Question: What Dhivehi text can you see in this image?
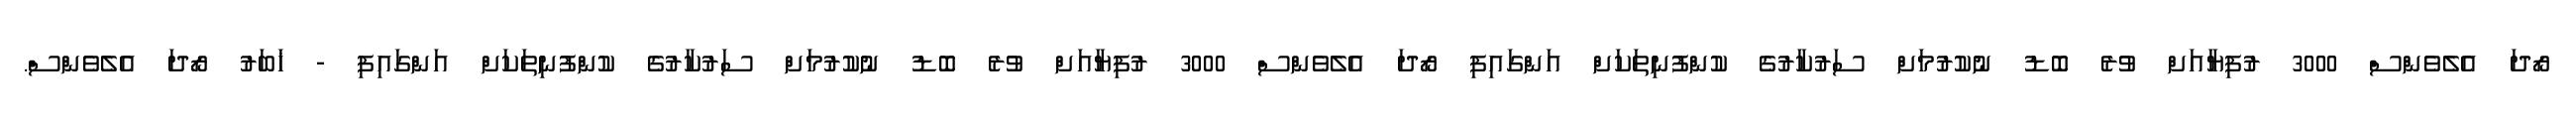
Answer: ރޯދަ އެލެވެންސް 3000 ރުފިޔާއަށް ވުރެ ބޮޑު ނުކުރުމަށް ސަރުކާރުގެ ކުންފުނިތަކަށް އަންގައިފި ރޯދަ އެލެވެންސް 3000 ރުފިޔާއަށް ވުރެ ބޮޑު ނުކުރުމަށް ސަރުކާރުގެ ކުންފުނިތަކަށް އަންގައިފި - ޚަބަރު ރޯދަ އެލެވެންސް.